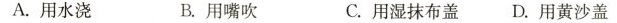
A.用水浇 B.用嘴吹 C.用湿抹布盖 D.用黄沙盖